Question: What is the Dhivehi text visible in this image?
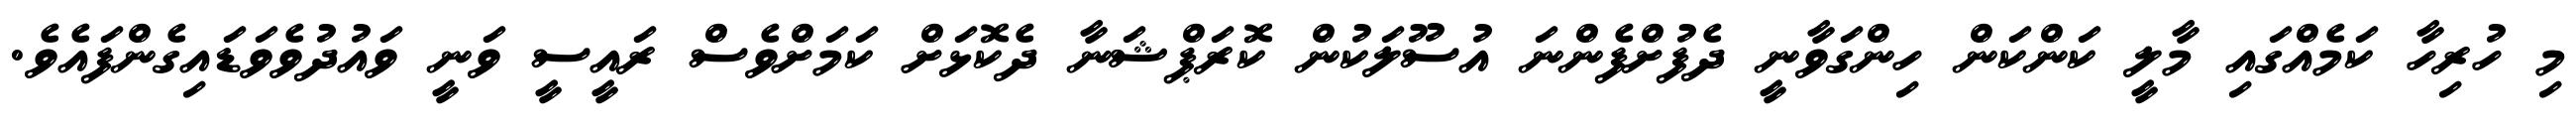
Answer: މި ހުރިހާ ކަމެއްގައި މާލީ ކަންކަން ހިންގަވާނީ ދެފުށްފެންނަ އުސޫލަކުން ކޮރަޕްޝަނާ ދެކޮޅަށް ކަމަށްވެސް ރައީސީ ވަނީ ވައުދުވެވަޑައިގެންފައެވެ.